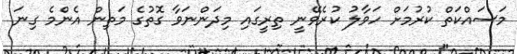
މަސައްކަތް ކުރުމަށް ހަވާލު ކުރެވޭނީ ތިރީގައި މިދަންނަވާ ގޮތުގެ މަތިން އެންމެ ގިނަ